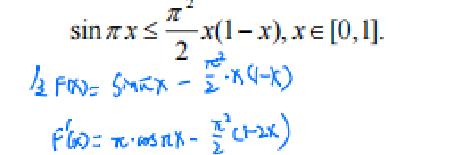
\[\sin \pi x\leq \frac{\pi^{2}}{2}x(1 - x),x\in[0,1].\]\\
令\[ F(x)=\sin \pi x-\frac{\pi^{2}}{2}\cdot x(1 - x)\]\\
\[F^{\prime}(x)=\pi\cdot\cos \pi x-\frac{\pi^{2}}{2}(1 - 2x)\]